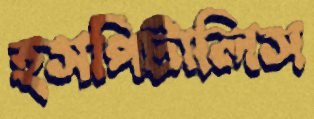
হসপিটালিস